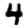
Digit: 4